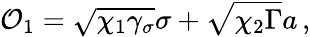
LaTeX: \mathcal{O}_{1}=\sqrt{\chi_{1}\gamma_{\sigma}}\sigma+\sqrt{\chi_{2}\Gamma}a\, ,